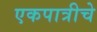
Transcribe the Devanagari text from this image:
एकपात्रीचे